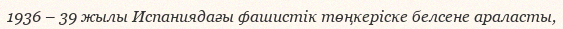
1936 – 39 жылы Испаниядағы фашистік төңкеріске белсене араласты,